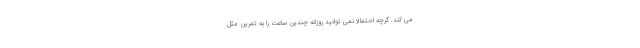
می کند. گرچه احتمالاً نمی توانید روزانه چندین ساعت را به تمرین مثل